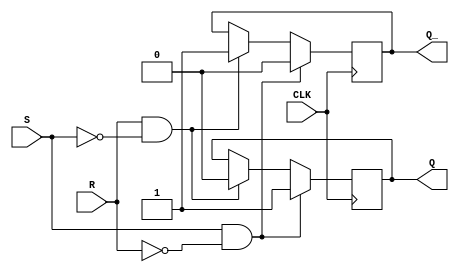
module SR_latch(
    input S, 
    input R,
    input CLK,
    output reg Q,
    output reg Q_
);

always @(posedge CLK) begin
    if(S && !R) begin
        Q <= 1;
        Q_ <= 0;
    end else if(R && !S) begin
        Q <= 0;
        Q_ <= 1;
    end
end

endmodule